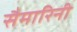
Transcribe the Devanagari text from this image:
सैमारिनी